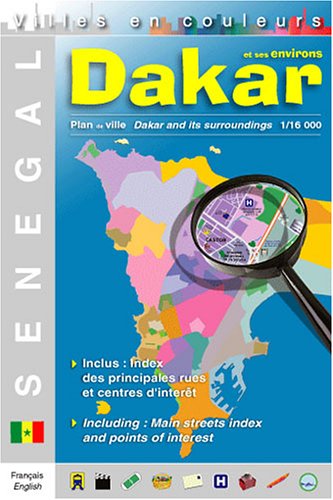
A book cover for Dakar City Map; Travel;